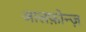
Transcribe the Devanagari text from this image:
आलफ़ोन्ज़